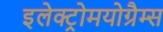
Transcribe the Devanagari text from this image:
इलेक्ट्रोमयोग्रैम्स